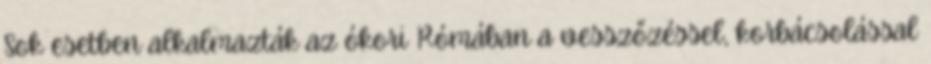
Sok esetben alkalmazták az ókori Rómában a vesszőzéssel, korbácsolással